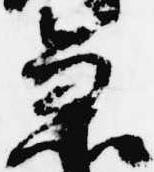
急